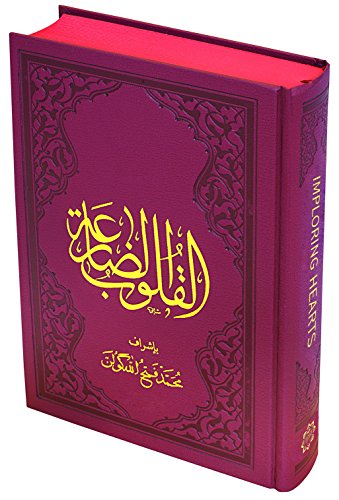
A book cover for Imploring Hearts; Religion & Spirituality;